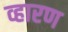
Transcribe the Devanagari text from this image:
व्हारण